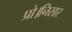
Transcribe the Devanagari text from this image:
प्रो।निसार